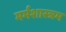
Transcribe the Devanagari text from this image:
मर्मशास्त्रम